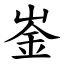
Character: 崟